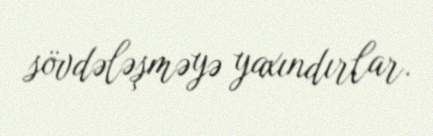
sövdələşməyə yaxındırlar.